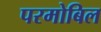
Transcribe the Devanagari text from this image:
परमोबिल